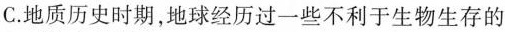
C.地质历史时期，地球经历过一些不利于生物生存的